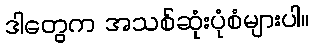
ဒါတွေက အသစ်ဆုံးပုံစံများပါ။